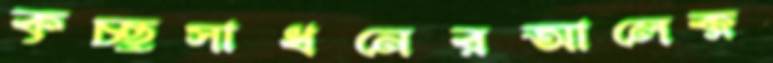
কৃচ্ছ্রসাধনেরআলেক্স